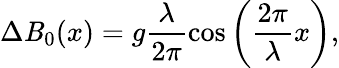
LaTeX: \Delta\mathit{B}_{0}(x)=g\frac{{\lambda}}{{2\pi}}\cos\left(\frac{{2\pi}}{{\lambda}}x\right),